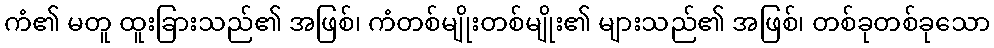
ကံ၏ မတူ ထူးခြားသည်၏ အဖြစ်၊ ကံတစ်မျိုးတစ်မျိုး၏ များသည်၏ အဖြစ်၊ တစ်ခုတစ်ခုသော